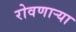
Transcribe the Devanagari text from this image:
रोवणार्‍या